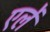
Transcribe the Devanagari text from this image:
एर्ले